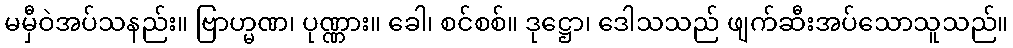
မမှီဝဲအပ်သနည်း။ ဗြာဟ္မဏ၊ ပုဏ္ဏား။ ခေါ၊ စင်စစ်။ ဒုဋ္ဌော၊ ဒေါသသည် ဖျက်ဆီးအပ်သောသူသည်။